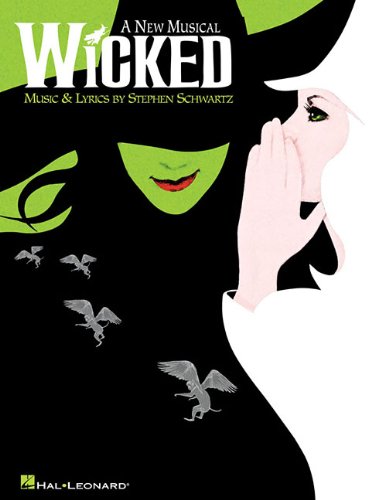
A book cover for Wicked - Piano/Vocal Arrangement; Stephen Schwartz; Humor & Entertainment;